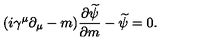
( i \gamma ^ { \mu } \partial _ { \mu } - m ) \frac { \partial \widetilde { \psi } } { \partial m } - \widetilde { \psi } = 0 .